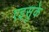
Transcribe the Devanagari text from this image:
एइसुके